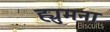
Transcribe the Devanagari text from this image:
ह्युमना